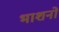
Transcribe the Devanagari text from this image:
भाशनो